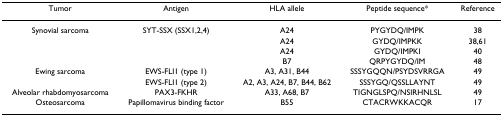
| Tumor | Antigen | HLA allele | Peptide sequence* | Reference |
 | --- | --- | --- | --- | --- |
 | Synovial sarcoma | SYT-SSX (SSX1,2,4) | A24 | PYGYDQ/IMPK | 38 |
 |  |  | A24 | GYDQ/IMPKK | 38,61 |
 |  |  | A24 | GYDQ/IMPKI | 40 |
 |  |  | B7 | QRPYGYDQ/IM | 48 |
 | Ewing sarcoma | EWS-FLI1 (type 1) | A3, A31, B44 | SSSYGQQN/PSYDSVRRGA | 49 |
 |  | EWS-FLI1 (type 2) | A2, A3, A24, B7, B44, B62 | SSSYGQ/QSSLLAYNT | 49 |
 | Alveolar rhabdomyosarcoma | PAX3-FKHR | A33, A68, B7 | TIGNGLSPQ/NSIRHNLSL | 49 |
 | Osteosarcoma | Papillomavirus binding factor | B55 | CTACRWKKACQR | 17 |